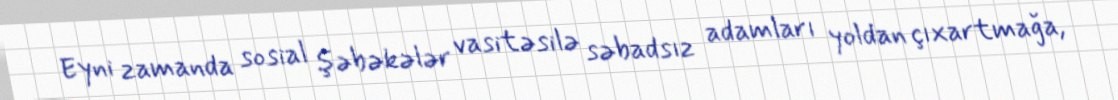
Eyni zamanda sosial şəbəkələr vasitəsilə səbadsız adamları yoldan çıxartmağa,